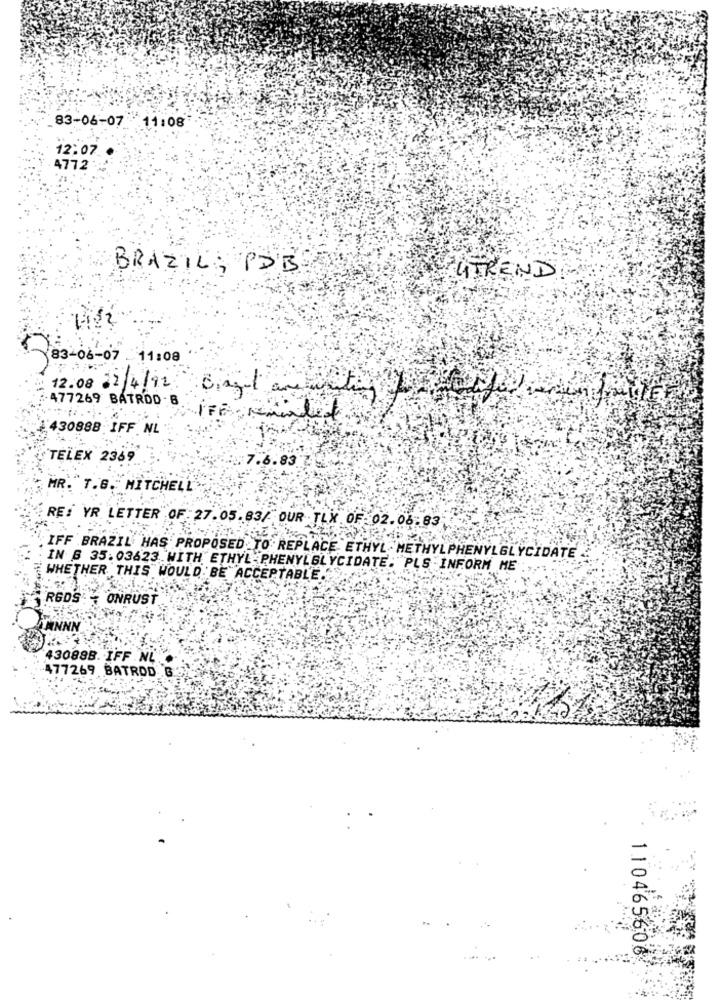
83-06-07 11:08
12:07
4772
BRAZIL; PDB
FUTREND
83-06-07 11:08
-477269 BATROD . B.
12.08 12/4/92 Baget an writing of
430888 IFF NL
TELEX 2369
7.6.83
MR. T.G. MITCHELL
RE: YR LETTER OF 27.05.83/ OUR TLX OF 02.08.83
IFF BRAZIL HAS PROPOSED TO REPLACE ETHYL .METHYLPHENYLGLYCIDATE
IN 8 35.03623 WITH ETHYL PHENYLGLYCIDATE. PLS INFORM ME
WHETHER THIS WOULD BE ACCEPTABLE.
RGDS - ONRUST
430888. IFF .NL
477269 BATROD G
110465606